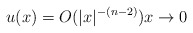
\begin{align*} u(x)=O(|x|^{-(n-2)}) x\to0 \end{align*}